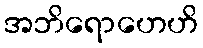
အဘိရောဟေဟိ